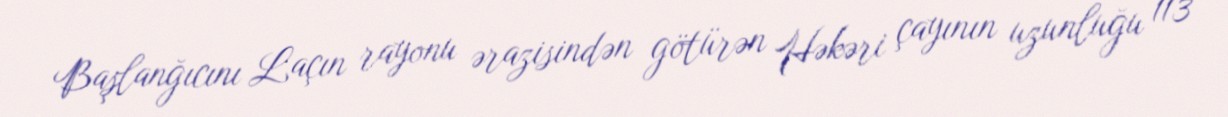
Başlanğıcını Laçın rayonu ərazisindən götürən Həkəri çayının uzunluğu 113